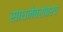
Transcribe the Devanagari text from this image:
साधनेबरोबरच